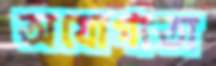
অযোগ্যতা